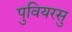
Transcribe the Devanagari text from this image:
पुवियरसु